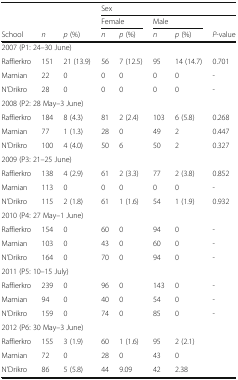
| <ROWSPAN=2-COLSPAN=3>  | <COLSPAN=5> Sex |
 | <COLSPAN=2> Female | <COLSPAN=2> Male |  |
 | School | n | p (%) | n | p (%) | n | p (%) | P-value |
 | --- | --- | --- | --- | --- | --- | --- | --- |
 | <COLSPAN=8> 2007 (P1: 24–30 June) |
 | Raffierkro | 151 | 21 (13.9) | 56 | 7 (12.5) | 95 | 14 (14.7) | 0.701 |
 | Mamian | 22 | 0 | 0 | 0 | 0 | 0 | - |
 | N’Drikro | 28 | 0 | 0 | 0 | 0 | 0 | - |
 | <COLSPAN=8> 2008 (P2: 28 May–3 June) |
 | Raffierkro | 184 | 8 (4.3) | 81 | 2 (2.4) | 103 | 6 (5.8) | 0.268 |
 | Mamian | 77 | 1 (1.3) | 28 | 0 | 49 | 2 | 0.447 |
 | N’Drikro | 100 | 4 (4.0) | 50 | 6 | 50 | 2 | 0.327 |
 | <COLSPAN=8> 2009 (P3: 21–25 June) |
 | Raffierkro | 138 | 4 (2.9) | 61 | 2 (3.3) | 77 | 2 (3.8) | 0.852 |
 | Mamian | 113 | 0 | 0 | 0 | 0 | 0 | - |
 | N’Drikro | 115 | 2 (1.8) | 61 | 1 (1.6) | 54 | 1 (1.9) | 0.932 |
 | <COLSPAN=8> 2010 (P4: 27 May–1 June) |
 | Raffierkro | 154 | 0 | 60 | 0 | 94 | 0 | - |
 | Mamian | 103 | 0 | 43 | 0 | 60 | 0 | - |
 | N’Drikro | 164 | 0 | 70 | 0 | 94 | 0 | - |
 | <COLSPAN=8> 2011 (P5: 10–15 July) |
 | Raffierkro | 239 | 0 | 96 | 0 | 143 | 0 | - |
 | Mamian | 94 | 0 | 40 | 0 | 54 | 0 | - |
 | N’Drikro | 159 | 0 | 74 | 0 | 85 | 0 | - |
 | <COLSPAN=8> 2012 (P6: 30 May–3 June) |
 | Raffierkro | 155 | 3 (1.9) | 60 | 1 (1.6) | 95 | 2 (2.1) |  |
 | Mamian | 72 | 0 | 28 | 0 | 43 | 0 |  |
 | N’Drikro | 86 | 5 (5.8) | 44 | 9.09 | 42 | 2.38 |  |